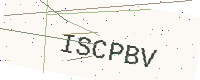
Text: ISCPBV